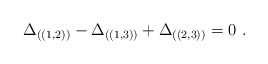
\begin{align*}\Delta_{((1,2))} - \Delta_{((1,3))} + \Delta_{((2,3))} =0 ~.\end{align*}